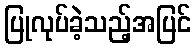
ပြုလုပ်ခဲ့သည့်အပြင်